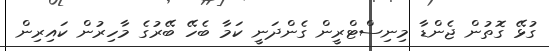
ގުޅޭ ގޮތުން ޖެންޑާ މިނިސްޓްރީން ގެންދަނީ ކަމާ ބެހޭ ބޭރުގެ މާހިރުން ކައިރިން